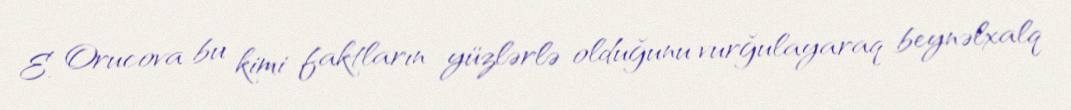
E. Orucova bu kimi faktların yüzlərlə olduğunu vurğulayaraq beynəlxalq